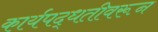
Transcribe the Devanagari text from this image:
कार्यपद्धतीवरून